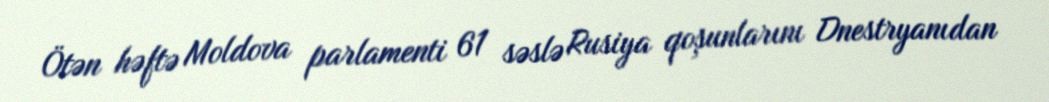
Ötən həftə Moldova parlamenti 61 səslə Rusiya qoşunlarını Dnestryanıdan